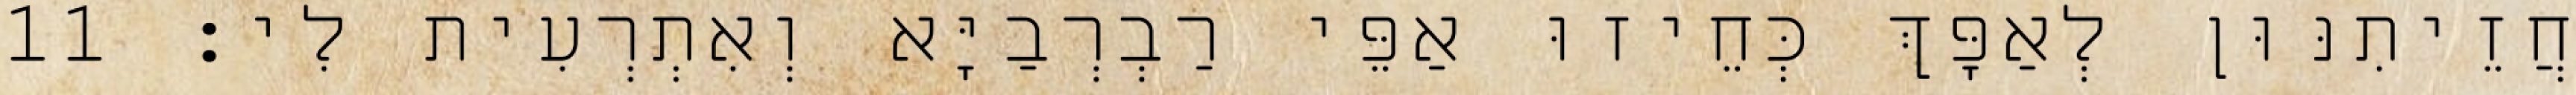
חֲזֵיתִנּוּן לְאַפָּךְ כְּחֵיזוּ אַפֵּי רַבְרְבַיָּא וְאִתְרְעִית לִי׃ 11